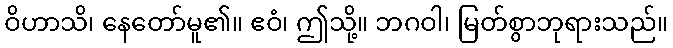
ဝိဟာသိ၊ နေတော်မူ၏။ ဧဝံ၊ ဤသို့။ ဘဂဝါ၊ မြတ်စွာဘုရားသည်။